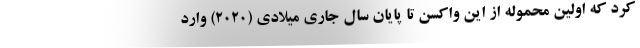
کرد که اولین محموله از این واکسن تا پایان سال جاری میلادی (۲۰۲۰) وارد